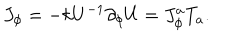
LaTeX: J _ { \phi } = - k U ^ { - 1 } \partial _ { \phi } U = J _ { \phi } ^ { a } T _ { a } .